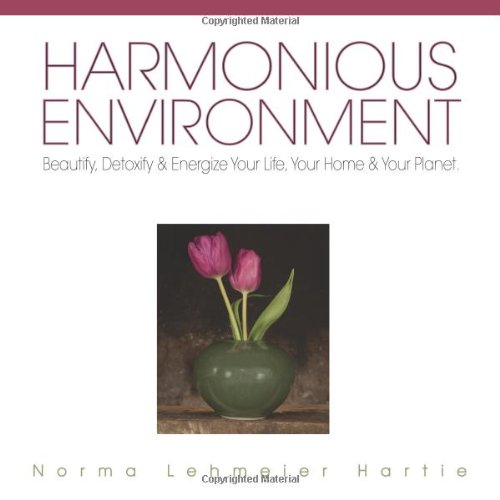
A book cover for Harmonious Environment: Beautify, Detoxify & Energize Your Life, Your Home & Your Planet; Norma Lehmeier-Hartie; Arts & Photography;